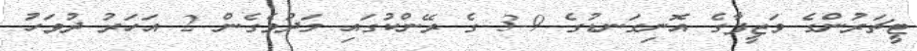
ޓީޗަރުންގެ ވަޒީފާގެ އޮނިގަނޑުގެ 9-3 ގެ ރޭންކުގައި މަދުވެގެން 2 އަހަރު ދުވަހު